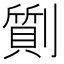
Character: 劕